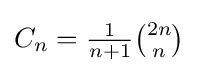
\textstyle C_{n}={\frac {1}{n+1}}{2n \choose n}